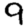
Digit: 9